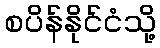
စပိန်နိုင်ငံသို့